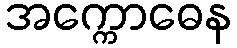
အက္ကောဓေန